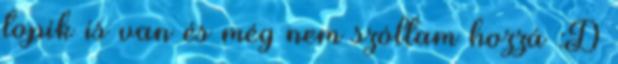
topik is van és még nem szóltam hozzá :D